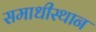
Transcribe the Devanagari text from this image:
समाधीस्थान